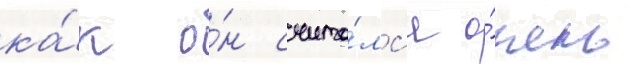
ка́к о́н счита́лс'я о́чень